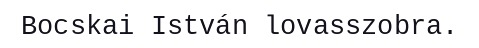
Bocskai István lovasszobra.